Civil Veterinary Department Bengal reports 1923-33 - 1923-1933
Year: 1923
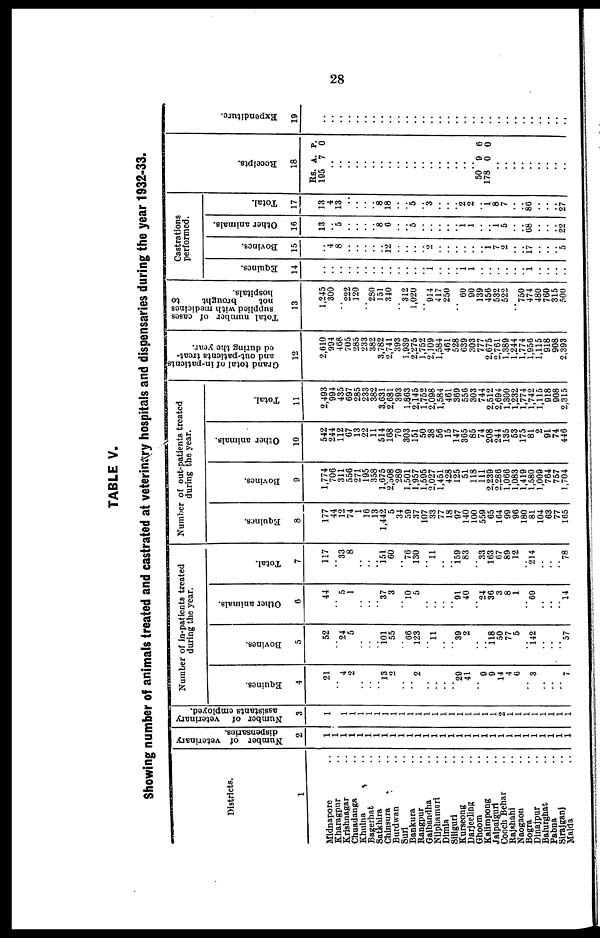
28
TABLE V.
Showing number of animals treated and castrated at veterinary hospitals and dispensaries during the year 1932-33.
Districts.
1
Midnapore ..
Kharagpur ..
Krishnagar ..
Chuadanga ..
Khulna ..
Bagerhat ..
Satkhira ..
Chinsura ..
Burdwan ..
Suri ..
Bankura ..
Rangpur ..
Gaibandha ..
Nilphamari ..
Dimla ..
Siliguri ..
Kurseong ..
Darjeeling ..
Ghoom ..
Kalimpong ..
Jalpaiguri ..
Cooch Behar ..
Rajshahi ..
Naogaon ..
Bogra ..
Dinajpur ..
Balurghat ..
Pabna ..
Sirajganj ..
Malda ..
Number of veterinary dispensaries.
2
1
1
1
1
1
1
1
1
1
1
1
1
1
1
1
1
1
1
1
1
1
1
1
1
1
1
1
1
1
Number of veterinary
assistants employed.
3
1
1
1
1
1
1
1
1
1
1
1
1
1
1
1
1
1
1
1
1
1
2
1
1
1
1
1
1
1
Number of in-patients treated
during the year.
Equines.
4
21
..
..
2
..
..
13
2
..
..
2
..
..
..
29
41
..
9
9
14
4
6
..
3
..
..
..
7
Bovines.
5
52
..
24
5
...
..
101
55
..
66
123
..
11
..
..
39
2
..
..
118
50
77
5
..
142
..
..
..
57
Other animals.
6
44
..
5
1
..
..
37
3
..
10
..
..
..
..
91
40
..
24
30
3
8
1
..
69
..
..
..
14
Total.
7
117
..
33
8
..
..
151
60
..
76
130
..
11
..
..
159
83
..
33
163
67
80
12
..
214
..
..
..
78
Number of out-patients treated
during the year.
Equines.
8
177
44
12
74
1
16
13
1,442
5
34
59
37
107
33
77
18
97
140
100
559
65
164
99
96
180
81
104
63
77
165
Bovines.
9
1,774
706
311
550
271
195
358
1,675
2,508
289
1,501
1,957
1,595
2,027
1,451
428
125
51
118
111
2,239
2,286
1,066
1,083
1,419
1,580
1,009
764
757
1,704
Other animals.
10
542
244
112
07
13
22
11
514
168
70
303
151
50
38
56
15
147
305
85
74
208
244
135
53
175
81
2
91
74
446
Total.
11
2,493
994
435
697
285
233
382
3,031
2,631
393
1,803
2,145
1,752
2,098
1,584
461
369
550
303
744
2,512
2,694
1,300
1,232
1,774
1,742
1,115
918
908
2,315
Grand total of In-patients
and out-patients treat-
ed
during the year.
12
2,610
994
468
705
285
233
382
3,782
2,741
393
1,939
2,275
1,752
2,109
1,584
401
528
039
303
777
2,075
2,701
1,389
1,244
1,774
1,950
1,115
918
908
2,393
Total number of cases
supplied with medicines
not
brought
to
hospitals.
13
1,245
300
..
222
120
..
280
151
310
312
1,020
..
914 417
250
..
60
90
139
456
532
522
..
750
474
480
760
315
500
Castrations
performed.
Equines.
14
..
..
..
..
..
..
..
..
..
..
..
..
..
1
.. ..
..
1
1
..
..
..
..
..
..
1
..
..
..
Bovines.
15
4
8
..
..
..
..
..
12
..
..
..
..
2
..
..
..
..
1
7
2
..
..
17
..
..
..
5
Other animals.
10
13
.. 5
..
..
..
.. 8
6
..
..
5
..
..
..
..
..
1
1
..
.. i
5
..
..
68
..
..
..
22
Total.
17
13
4
13
..
..
..
.. 8
18
..
..
5
3
..
..
..
2
2
..
1
8
7
..
..
80
..
..
..
27
Receipts.
18
Rs. A. P.
195 7 0
..
..
..
..
..
..
..
..
..
..
..
..
..
..
..
..
..
..
50 9 6
178 0 0
..
..
..
..
..
..
..
..
..
Expe ndi t
ur e .
19
..
..
..
..
..
..
..
..
..
..
..
..
...
..
..
..
..
..
..
..
..
..
..
..
..
...